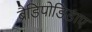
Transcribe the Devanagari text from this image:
ब्रैडिपोडिडाए